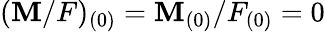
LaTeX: (\mathbf{M}/F)_{(0)}=\mathbf{M}_{(0)}/F_{(0)}=0